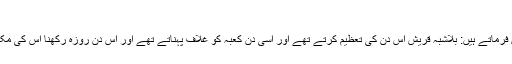
(بخاری ومسلم)
علامہ ابن قیمؒ زاد المعاد میں فرماتے ہیں: بلاشبہ قریش اس دن کی تعظیم کرتے تھے اور اسی دن کعبہ کو غلاف پہناتے تھے اور اس دن روزہ رکھنا اس کی مکمل تعظیم کی وجہ سے تھا۔